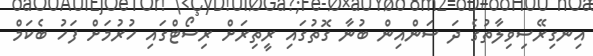
އިނގިރޭސިވިލާތުގެ ދަ ސަންއިން ބުނާ ގޮތުގައި ރީތިރަށް ރިސޯޓްގައި ހުރުމަށް ފަހު ބެކަމް